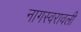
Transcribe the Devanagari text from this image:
नागस्वरावली